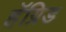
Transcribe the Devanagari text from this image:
हॅग्रिड